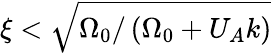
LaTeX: \xi<\sqrt{\Omega_{0}/\left(\Omega_{0}+U_{A}k\right)}